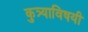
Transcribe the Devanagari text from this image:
कुत्र्याविषयी